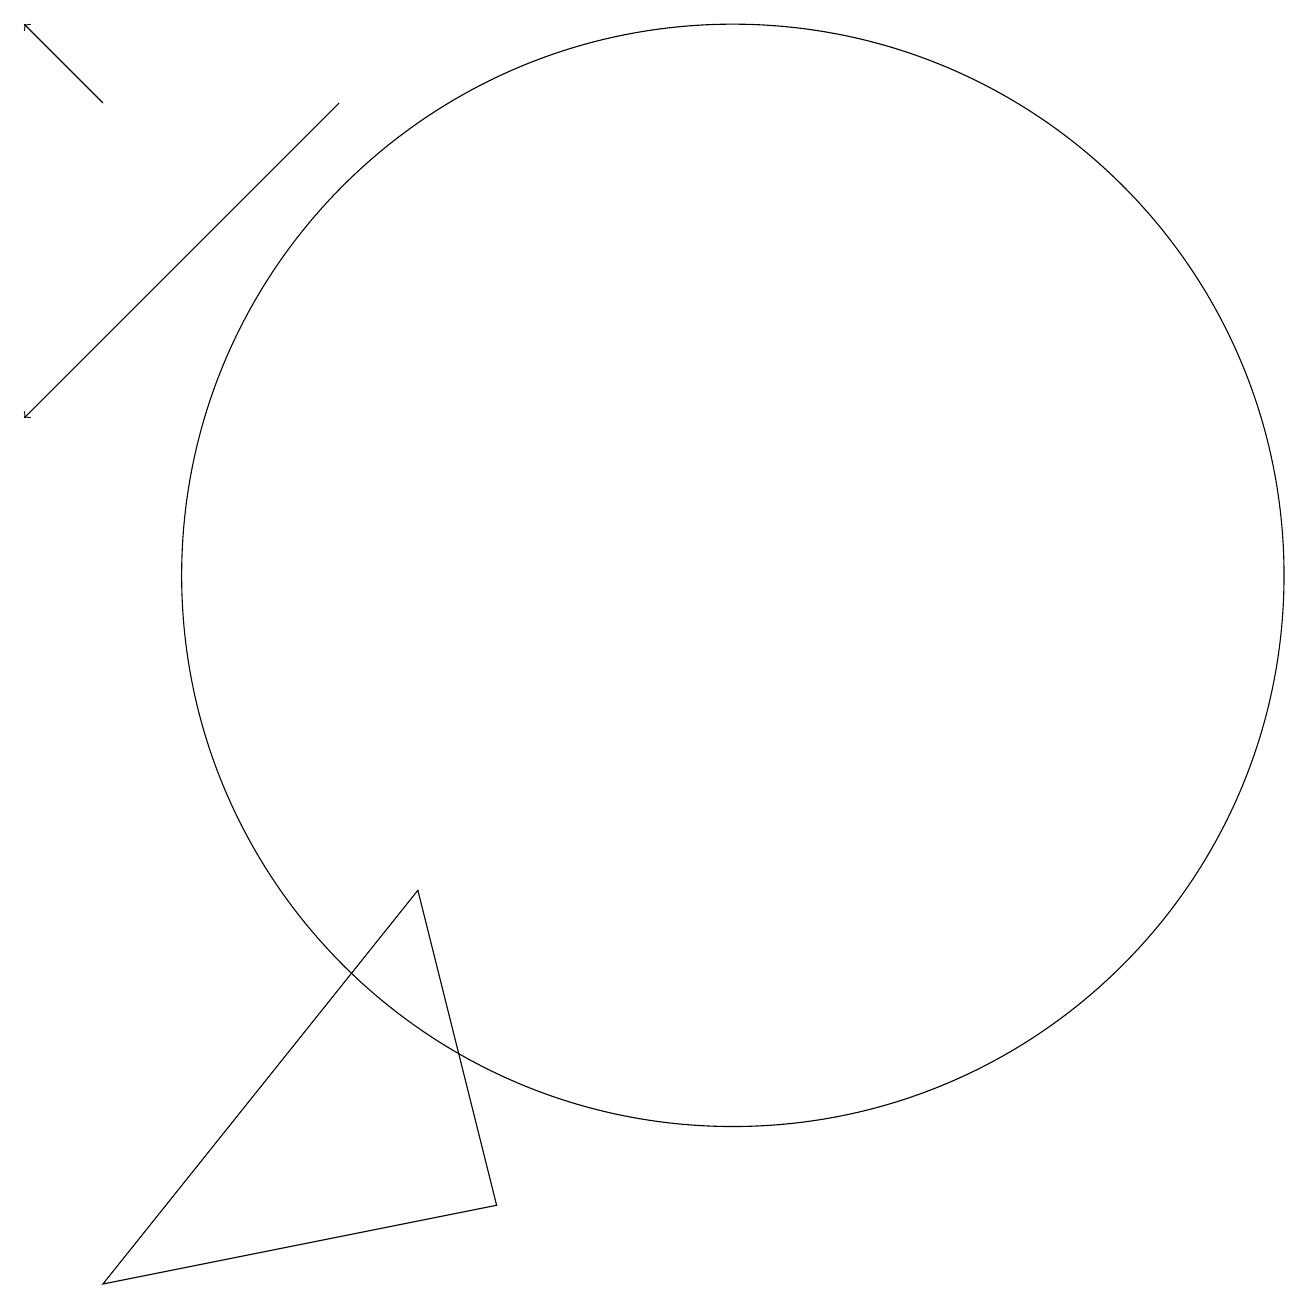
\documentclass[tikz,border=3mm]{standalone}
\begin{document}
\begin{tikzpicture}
\draw (11,10) circle (7);
\draw (3,1) -- (7,6) -- (8,2) -- cycle;
\draw[->] (3,16) -- (2,17);
\draw[->] (6,16) -- (2,12);
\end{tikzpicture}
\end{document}